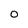
Character: 0